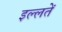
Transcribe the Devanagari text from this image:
इल्लतें